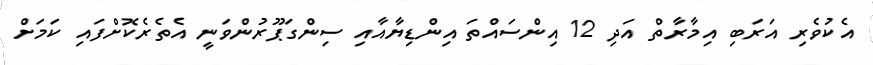
އެކުވެރި އަރަބި އިމާރާތް އަދި 12 އިންސައްތަ އިންޑިޔާއާއި ސިންގަޕޫރުންވަނީ އެތެރެކޮށްފައި ކަމަށް